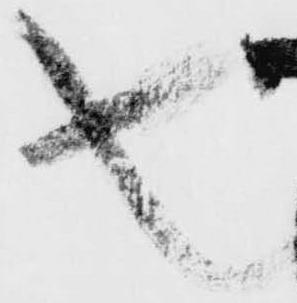
也